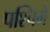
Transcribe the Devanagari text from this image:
पश्चिमें